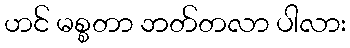
ဟင် မစ္စတာ ဘတ်တလာ ပါလား